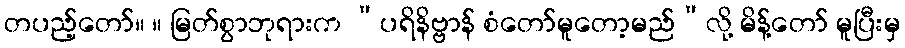
တပည့်တော်။ ။ မြတ်စွာဘုရားက “ပရိနိဗ္ဗာန် စံတော်မူတော့မည်”လို့ မိန့်တော် မူပြီးမှ